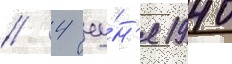
// 4 иу́н'я 1940